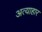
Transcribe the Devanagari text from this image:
अत्याहार